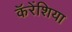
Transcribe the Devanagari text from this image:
कॅरेंशिया